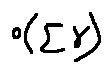
o ( \sum \gamma )